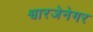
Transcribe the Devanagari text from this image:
श्वारजेनेगर